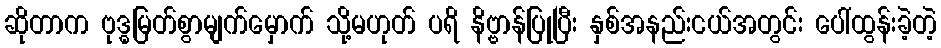
ဆိုတာက ဗုဒ္ဓမြတ်စွာမျက်မှောက် သို့မဟုတ် ပရိ နိဗ္ဗာန်ပြုပြီး နှစ်အနည်းငယ်အတွင်း ပေါ်ထွန်းခဲ့တဲ့